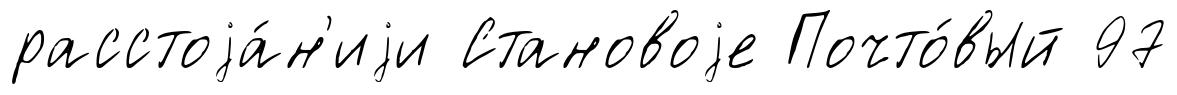
расстоjа́н'иjи Становоjе Почто́вый 97